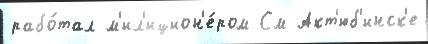
рабо́тал м'ил'ицион'е́ром См Акт'юб'инск'е